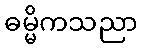
ဓမ္မိကသညာ